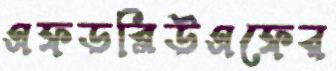
এফডব্লিউএফের